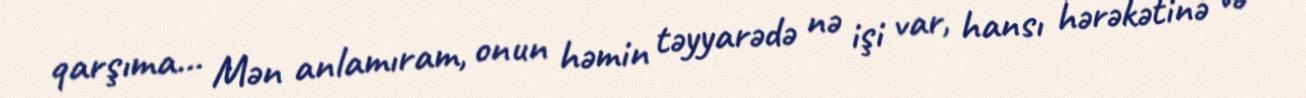
qarşıma... Mən anlamıram, onun həmin təyyarədə nə işi var, hansı hərəkətinə və